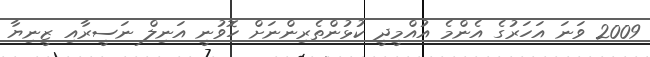
2009 ވަނަ އަހަރުގެ އެންމެ އުއްމީދީ ކުޅުންތެރިންނަށް ހޮވުނީ އަނިލް ނަސީރާއި ޒީނިޔާ